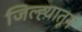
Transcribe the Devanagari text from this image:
जिल्ह्य़ातून